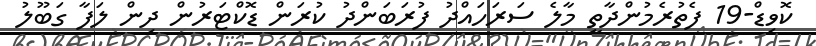
ކޮވިޑް-19 ފެތުރެމުންދާތީ މާލެ ސަރަހައްދު ފުރަބަންދު ކުރަން ޑޮކްޓަރުން ދިން ލަފާ ގަބޫލު